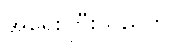
အရေးကြီးသည်ဟု